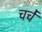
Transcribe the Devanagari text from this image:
चर्चें